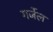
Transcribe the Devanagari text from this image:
गर्जेल